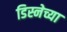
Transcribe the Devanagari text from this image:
डिस्नेच्या